Reports on military cantonments and civil stations in the Presidency of Bombay inspected by the Sanitary Commissioner in the years 1875 and 1876
Year: 1875
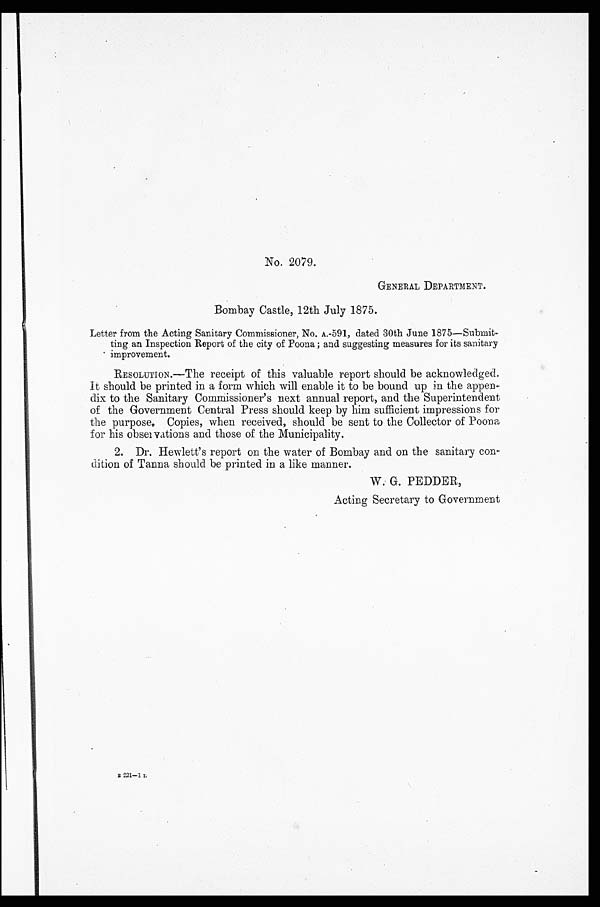
No. 2079.
GENERAL DEPARTMENT.
Bombay Castle, 12th July 1875.
Letter from the Acting Sanitary Commissioner, No. A.-591, dated 30th June 1875—Submit
-ting an Inspection Report of the city of Poona; and suggesting measures for its sanitary
improvement.
RESOLUTION.—The receipt of this valuable report should be acknowledged.
It should be printed in a form which will enable it to be bound up in the appen
-dix to the Sanitary Commissioner's next annual report, and the Superintendent
of the Government Central Press should keep by him sufficient impressions for
the purpose. Copies, when received, should be sent to the Collector of Poona
for his observations and those of the Municipality.
2. Dr. Hewlett's report on the water of Bombay and on the sanitary con
dition of Tanna should be printed in a like manner.
W. G. PEDDER,
Acting Secretary to Government
B 2 2 1 — 1 L